Scientific memoirs by medical officers of the Army of India - Part I,
Year: 1884
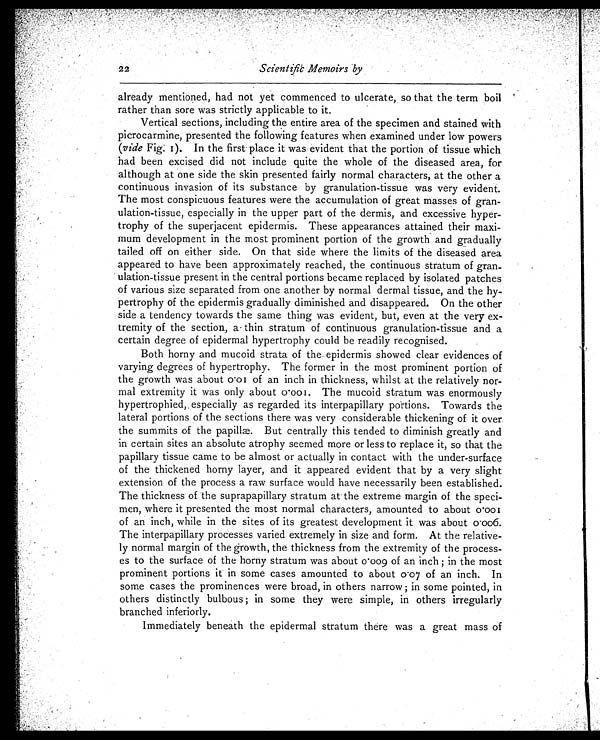
22
Scientific Memoirs by
already mentioned, had not yet commenced to ulcerate, so that the term boil
rather than sore was strictly applicable to it.
Vertical sections, including the entire area of the specimen and stained with
picrocarmine, presented the following features when examined under low powers
(vide F i g . 1 ) . I n t h e f i r s t p l a c e i t w a s e v i d e n t t h a t t h e p o r t i o n o f t i s s u e w h i c h
had been excised did not include quite the whole of the diseased area, for
although at one side the skin presented fairly normal characters, at the other a
continuous invasion of its substance by granulation-tissue was very evident.
The most conspicuous features were the accumulation of great masses of gran
-ulation-tissue, especially in the upper part of the dermis, and excessive hyper-
trophy of the superjacent epidermis. These appearances attained their maxi-
mum development in the most prominent portion of the growth and gradually
tailed off on either side. On that side where the limits of the diseased area
appeared to have been approximately reached, the continuous stratum of gran
- u l a t i o n - t i s s u e p r e s e n t i n t h e c e n t r a l p o r t i o n s b e c a m e r e p l a c e d b y i s o l a t e d p a t c h e s
of various size separated from one another by normal dermal tissue, and the hy
- p e r t r o p h y o f t h e e p i d e r m i s g r a d u a l l y d i m i n i s h e d a n d d i s a p p e a r e d . O n t h e o t h e r
side a tendency towards the same thing was evident, but, even at the very ex
- t r e m i t y o f t h e s e c t i o n , a t h i n s t r a t u m o f c o n t i n u o u s g r a n u l a t i o n - t i s s u e a n d a
certain degree of epidermal hypertrophy could be readily recognised.
Both horny and mucoid strata of the epidermis showed clear evidences of
varying degrees of hypertrophy. The former in the most prominent portion of
the growth was about 0 .01 of an inch in thickness, whilst at the relatively nor
- m a l e x t r e m i t y i t w a s o n l y a b o u t 0 . 0 0 1 . T h e m u c o i d s t r a t u m w a s e n o r m o u s l y
hypertrophied, especially as regarded its interpapillary portions. Towards the
lateral portions of the sections there was very considerable thickening of it over
t he s ummi t s of t he papi l l æ. But cent r al l y t hi s t ended t o di mi ni s h gr eat l y and
in certain sites an absolute atrophy seemed more or less to replace it, so that the
papillary tissue came to be almost or actually in contact with the under-surface
of the thickened horny layer, and it appeared evident that by a very slight
extension of the process a raw surface would have necessarily been established.
The thickness of the suprapapillary stratum at the extreme margin of the speci
- m e n , w h e r e i t p r e s e n t e d t h e m o s t n o r m a l c h a r a c t e r s , a m o u n t e d t o a b o u t
0 . 0 0 1 o f a n i n c h , w h i l e i n t h e s i t e s o f i t s g r e a t e s t d e v e l o p m e n t i t w a s a b o u t 0 . 0 0 6 .
The interpapillary processes varied extremely in size and form. At the relative-
ly normal margin of the growth, the thickness from the extremity of the process
-es to the surface of the horny stratum was about 0.009 of an inch; in the most
prominent portions it in some cases amounted to about 0.07 of an inch. In
some cases the prominences were broad, in others narrow; in some pointed, in
others distinctly bulbous; in some they were simple, in others irregularly
branched inferiorly.
Immediately beneath the epidermal stratum there was a great mass of